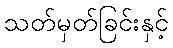
သတ်မှတ်ခြင်းနှင့်